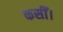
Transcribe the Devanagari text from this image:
कसीं।